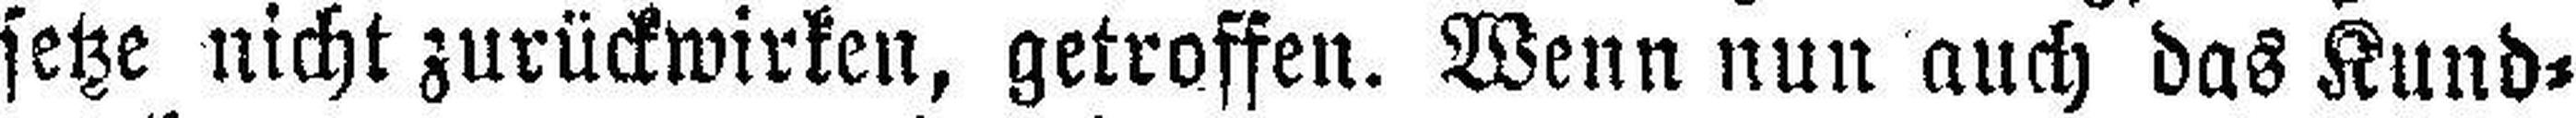
setze nicht zurückwirken, getroffen. Wenn nun auch das Kund¬